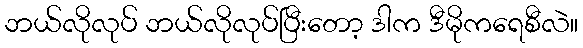
ဘယ်လိုလုပ် ဘယ်လိုလုပ်ပြီးတော့ ဒါက ဒီမိုကရေစီလဲ။